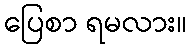
ပြေစာ ရမလား။